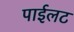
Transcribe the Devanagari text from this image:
पाईलट